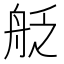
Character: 𮎊